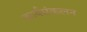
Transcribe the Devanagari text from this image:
कार्यसंकलन